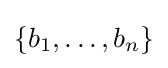
\{b_{1},\dots ,b_{n}\}